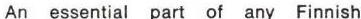
An essential part of any Finnish